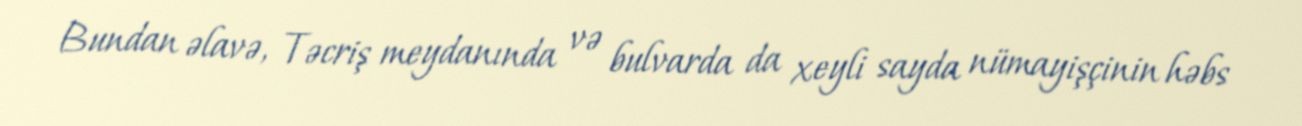
Bundan əlavə, Təcriş meydanında və bulvarda da xeyli sayda nümayişçinin həbs